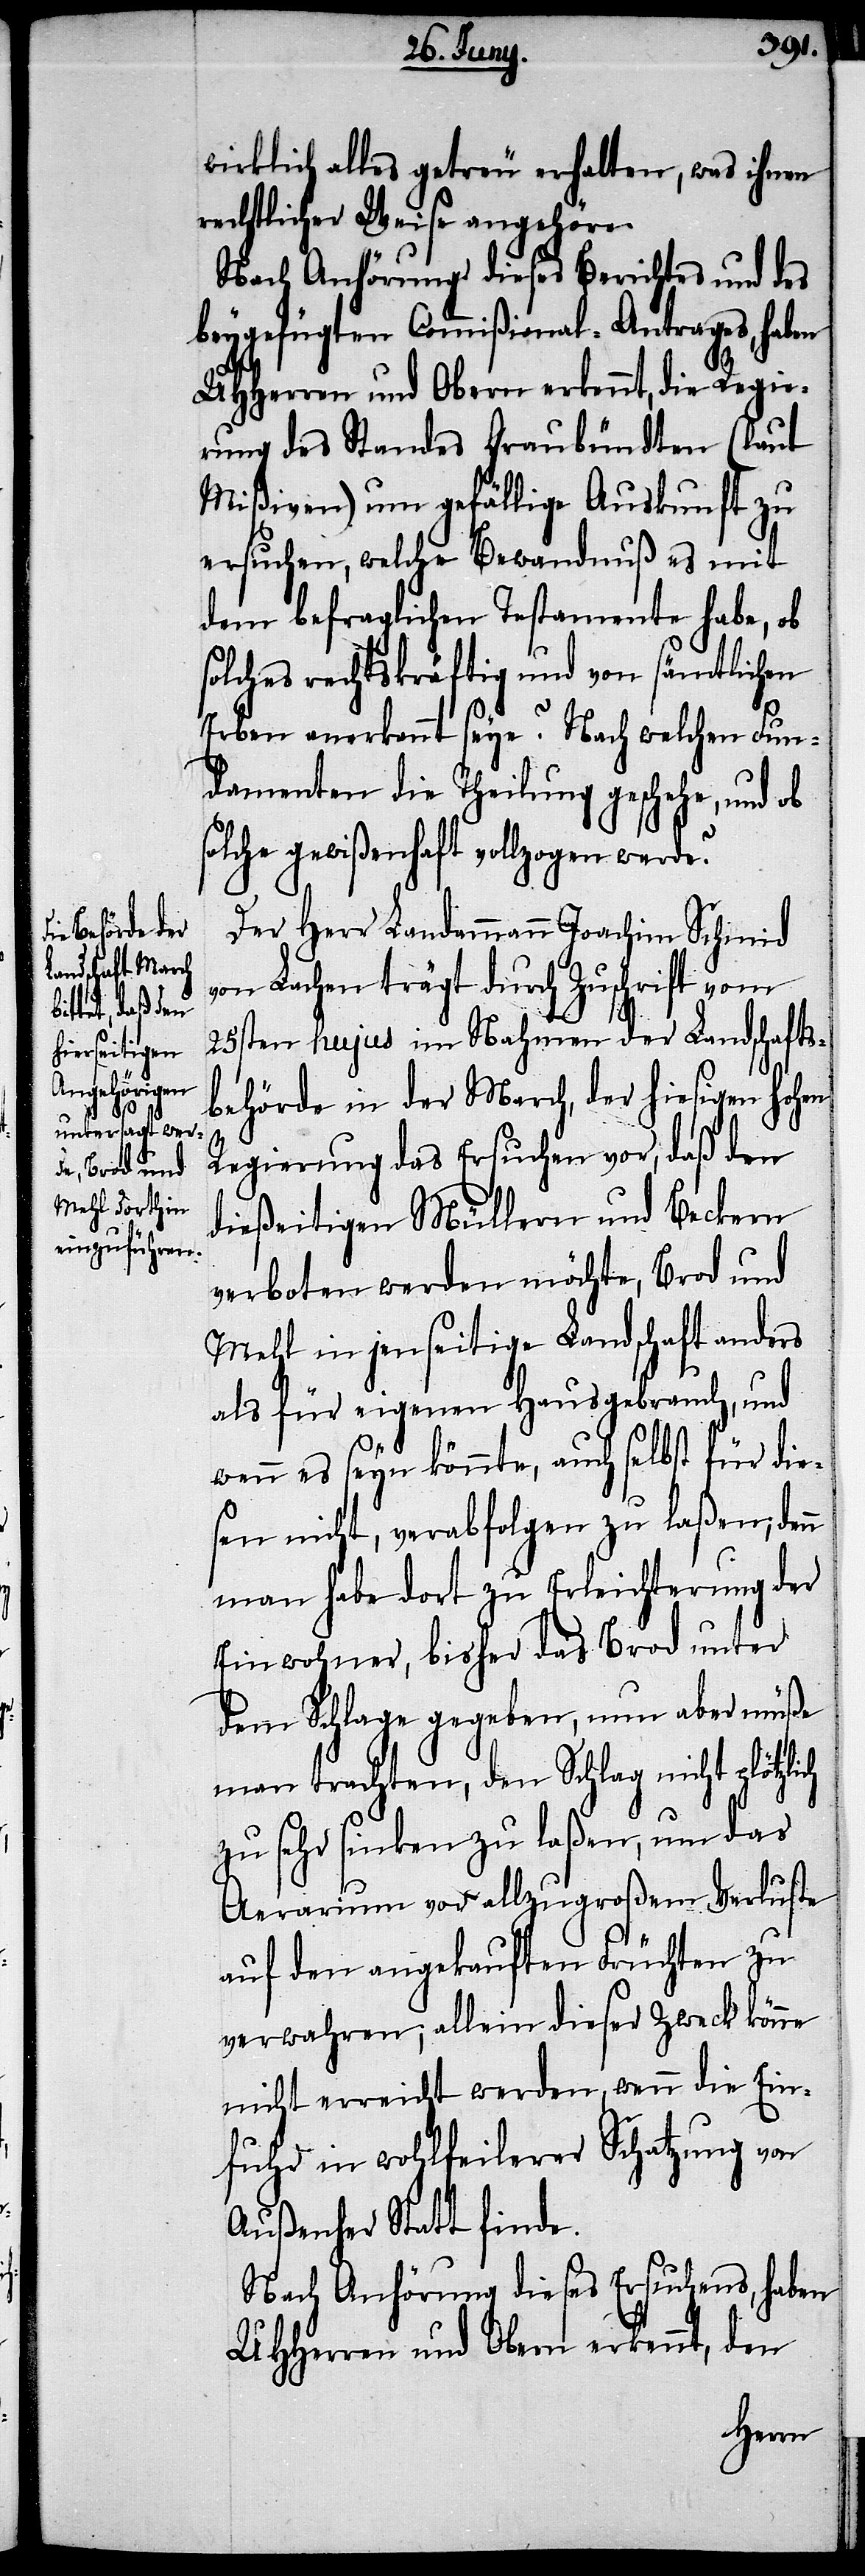
wirklich alles getreu erhalten, was ihnen
rechtlicher Weise angehöre.
Nach Anhörung dieses Berichtes und des
beygefügten Commißional-Antrages, haben
UHHerren und Obern erkennt, die Regie¬
rung des Standes Graubündten (lt.
Mißiven) um gefällige Auskunft zu
ersuchen, welche Bewandnuß es mit
dem befraglichen Testamente habe, ob
solches rechtskräftig und von sämtlichen
Erben anerkannt seye? Nach welchen Fun¬
damenten die Theilung geschehe, und ob
solche gewißenhaft vollzogen werde?
Der Herr Landammann Joachim Schmid
von Lachen trägt durch Zuschrift vom
25sten hujus im Nahmen der Landschafts¬
behörde in der March, der hiesigen hohen
Regierung das Ersuchen vor, daß den
hierseitigen Müllern und Beckern
verboten werden möchte, Brod und
Mehl in jenseitige Landschaft anders
als für eigenen Hausgebrauch, und
wenn es seyn möchte, auch selbst für die¬
sen nicht, verabfolgen zu laßen; denn
man habe dort zu Erleichterung der
Einwohner, bisher das Brod unter
dem Schlage gegeben, nun aber müße
man trachten, den Schlag nicht plötzlich
zu sehr sinken zu laßen, um das
Aerarium vor allzugroßem Verluste
auf den angekauften Früchten zu
verwahren; allein dieser Zweck könne
nicht erreicht werden, wenn die Ein¬
fuhr in wohlfeilerer Schatzung von
Außenher Statt finde.
Nach Anhörung dieses Ersuchens, haben
UHHerren und Obern erkennt, den